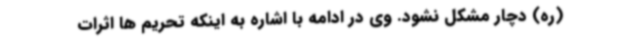
(ره) دچار مشکل نشود. وی در ادامه با اشاره به اینکه تحریم ها اثرات